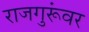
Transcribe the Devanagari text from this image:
राजगुरूंवर